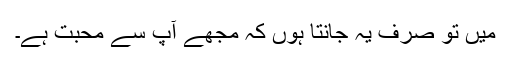
میں تو صرف یہ جانتا ہوں کہ مجھے آپ سے محبت ہے۔